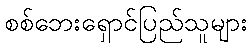
စစ်ဘေးရှောင်ပြည်သူများ